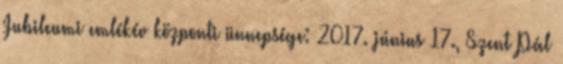
Jubileumi emlékév központi ünnepsége: 2017. június 17., Szent Pál